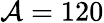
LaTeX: \mathcal{A}=120